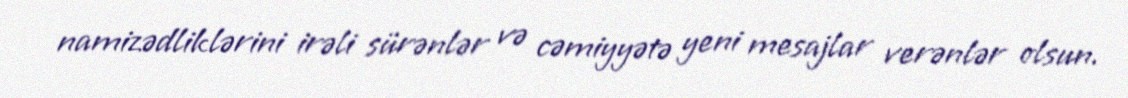
namizədliklərini irəli sürənlər və cəmiyyətə yeni mesajlar verənlər olsun.